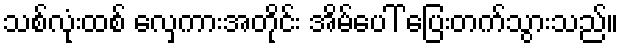
သစ်လုံးထစ် လှေကားအတိုင်း အိမ်ပေါ် ပြေးတက်သွားသည်။